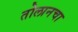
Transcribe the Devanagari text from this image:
तोलानचा